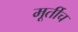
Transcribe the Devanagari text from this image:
मूर्तीच